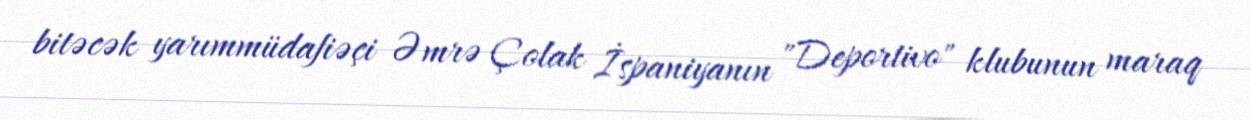
bitəcək yarımmüdafiəçi Əmrə Çolak İspaniyanın "Deportivo" klubunun maraq